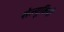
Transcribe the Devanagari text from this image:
सेल्यूकिदों